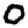
Digit: 0